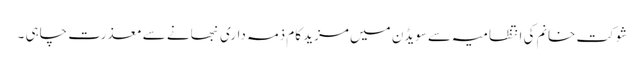
شوکت خانم کی انتظامیہ سے سویڈن میں مزید کام ذمہ داری نبھانے سے معذرت چاہی ۔